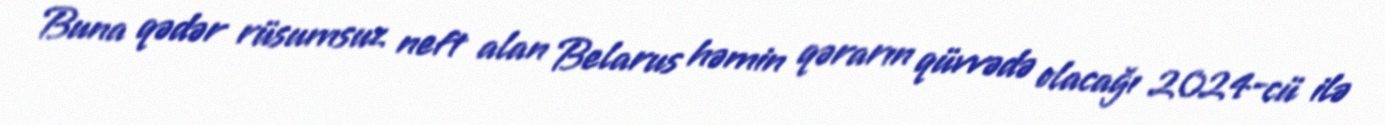
Buna qədər rüsumsuz neft alan Belarus həmin qərarın qüvvədə olacağı 2024-cü ilə